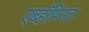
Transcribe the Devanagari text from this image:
एब्डॉमिनल।